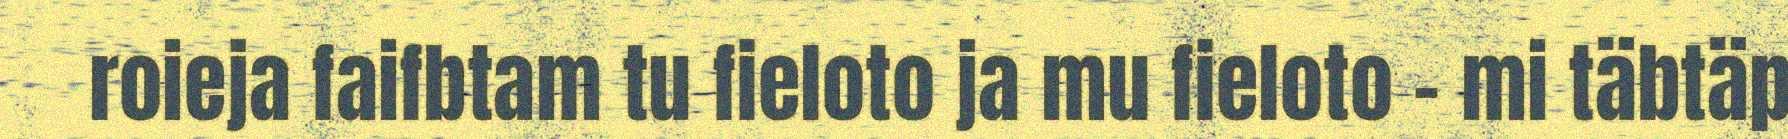
roieja faifbtam tu fieloto ja mu fieloto – mi täbtäp